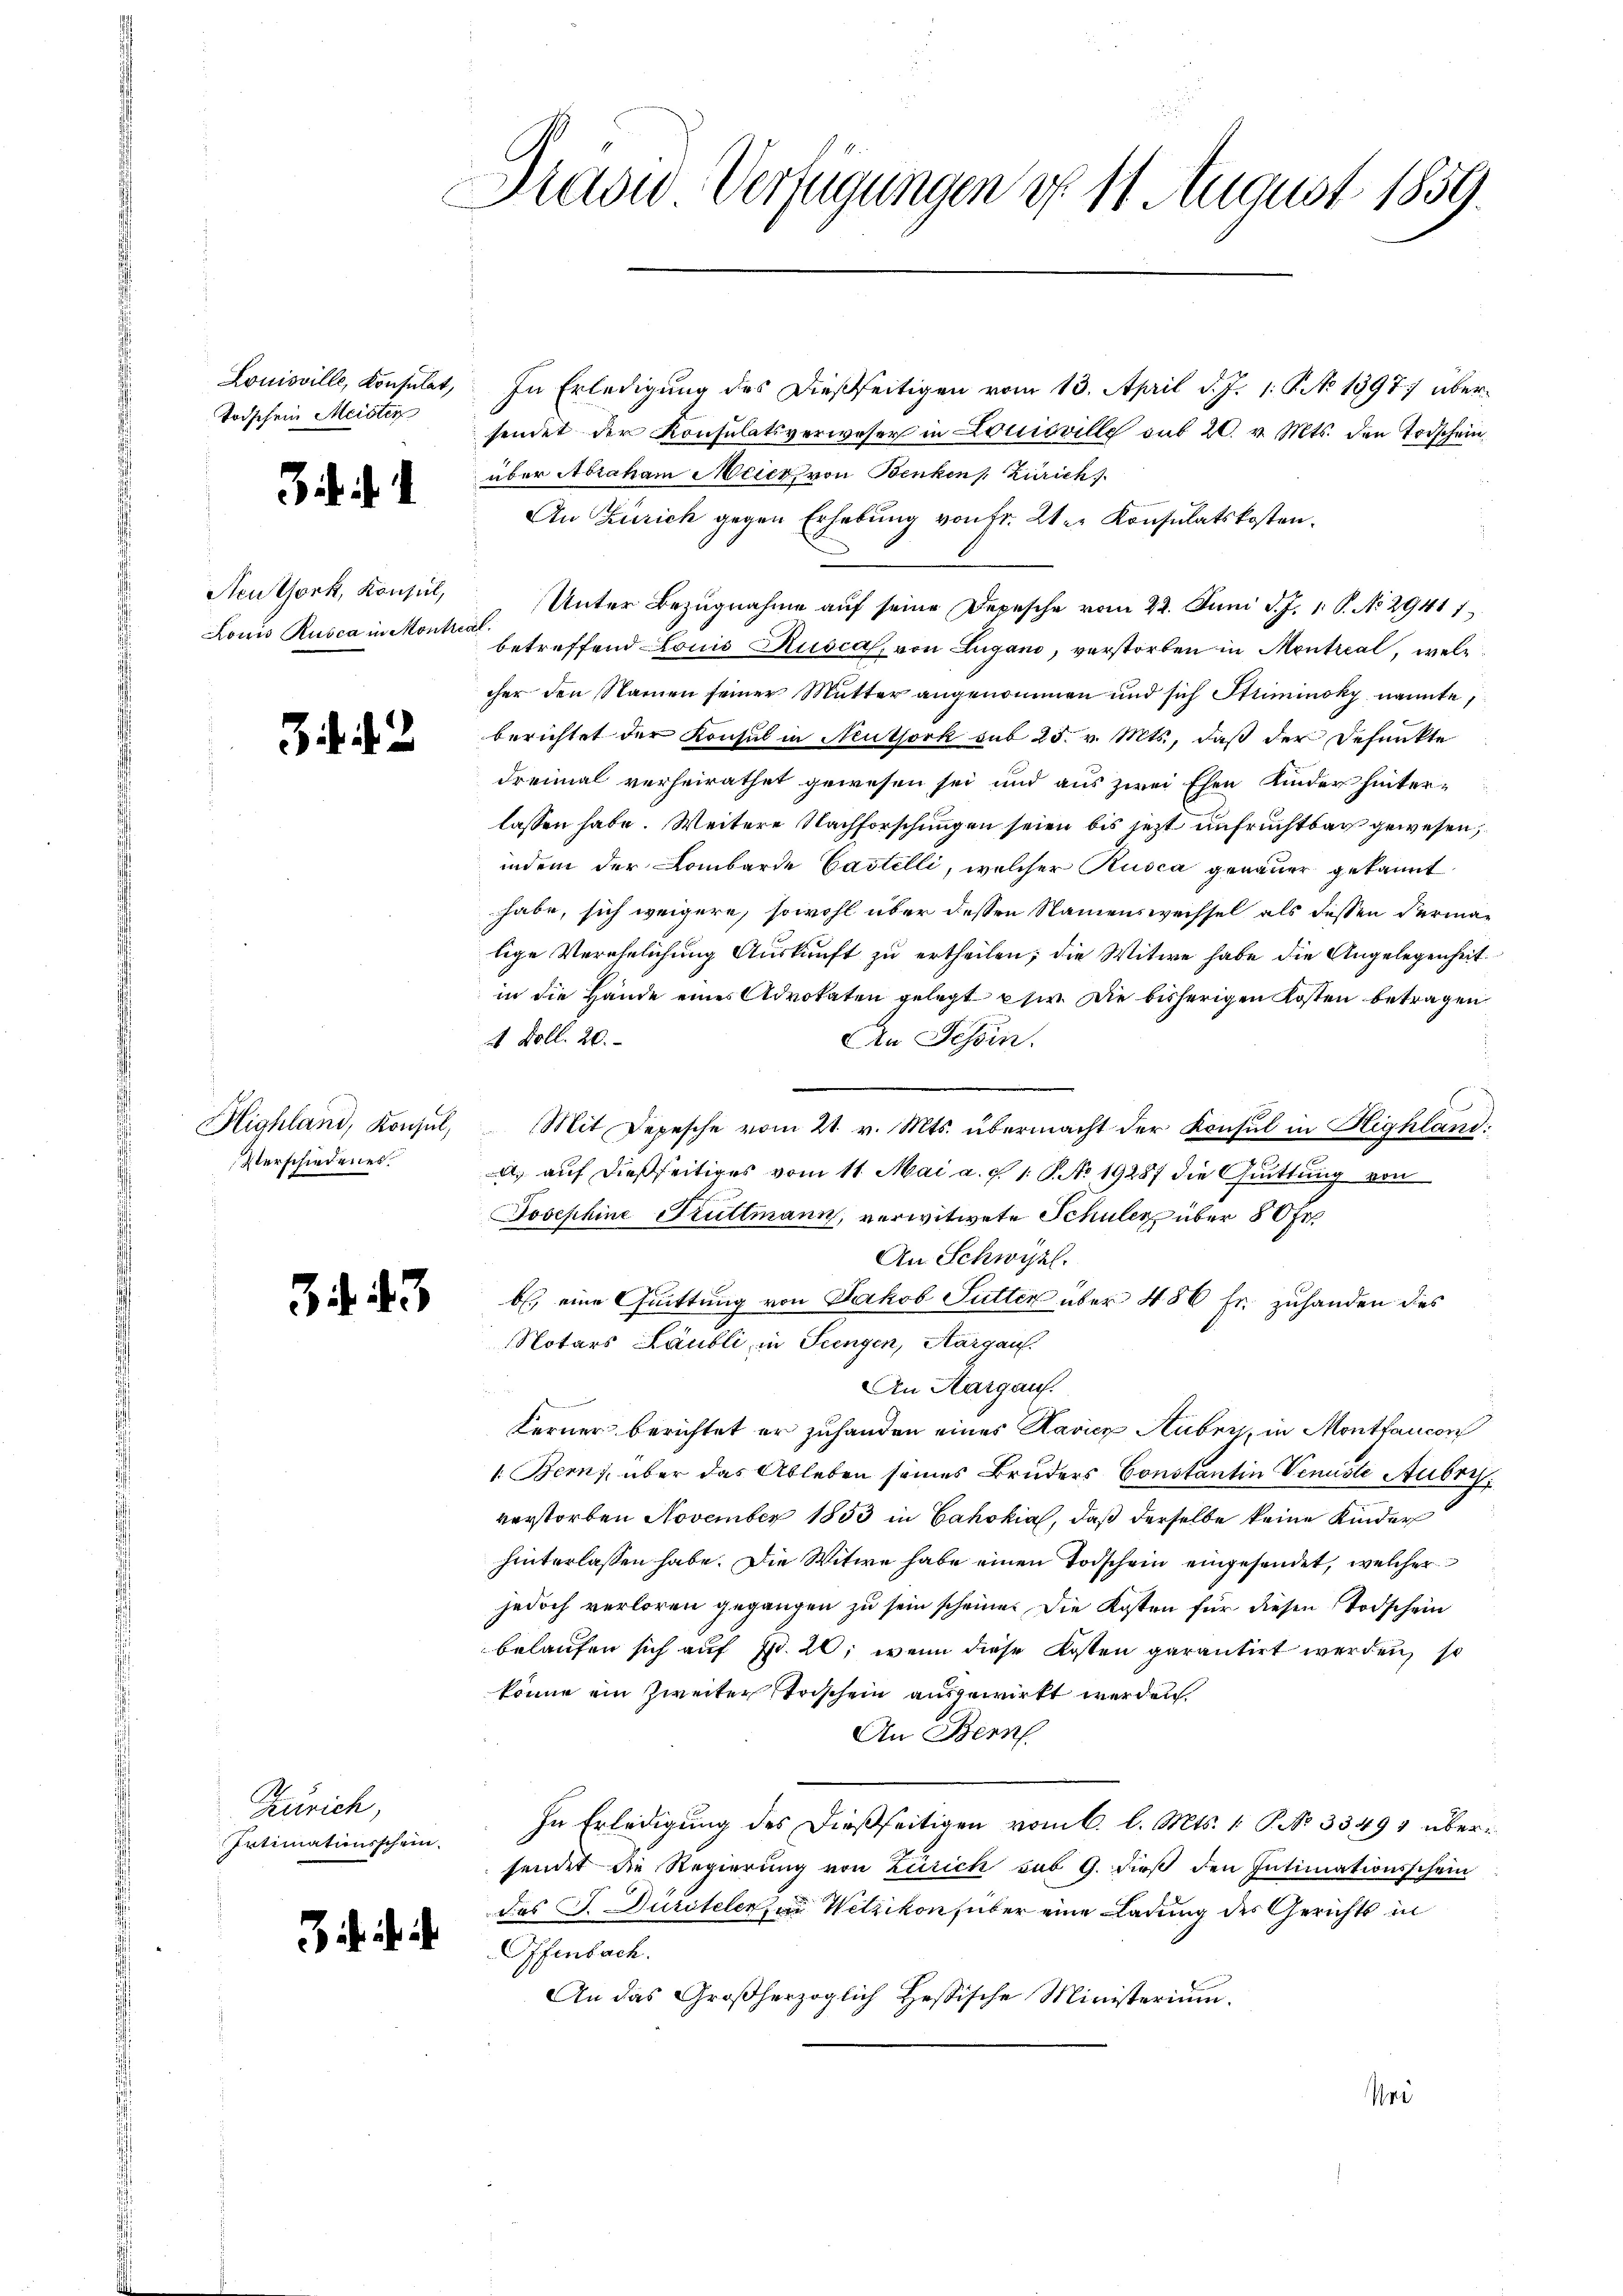
Louisville, Konsulat,
Todschein Meister

it.

.

Neuthork, Konsul,
Louis Rusca in Montre

3 . . 2

Highland, Konsul,
Verschiedenes.

43

Zürich,
Intimationsschein.

ihr

Praswo-Verfügungen d. 11. August 1859.

In Erledigung des dießseitigen vom 13. April d. J. 1. 9. No 13977 übersendet der Konsulatsverweser in Louisville sub 20. v. Mts. den Todschein
über Abraham Meier von Benken Zürich
An Zürich gegen Erhebung von Fr. 2ter Konsulatskosten.
n
Unter Bezugnahme auf seine Depesche vom 22. Juni d. J. 18. No 2941 1
al.
betreffend – Louis Rusca, von Lugano, verstorben in Montreal, welc
cher den Namen seiner Mutter angenommen und sich Striminoky nannte,
berichtet der Konsul in Neuthork sub 25. v. Mts., daß der Defunkte
dreimal verheirathet gewesen sei und aus zwei Ehen Kinder hinterlassen habe. Weitere Nachforschungen seien bis jezt unfruchtbar gewesen,
indem der Lombarde Castelli, welcher Rusca genauer gekannt
habe, sich weigere, sowohl über dessen Namenswechsel als dessen Vermalige Verehelichung Auskunft zu ertheilen; die Witwe habe die Angelegenheit.
in die Hände eines Advokaten gelegt sie. Die bisherigen Kosten betragen
4 Doll. 20.
An Schin.
Mit Depesche vom 21. v. Mts. übermacht der Konsul in Highland:
.
A. auf dießseitiges vom 11. Mai a. g. 1. P. No 19287 die Guittung von
Josephine Fruttmann, verwitwete Schuler über 80 fr
An Schwyzl.
b. eine Quittung von Jakob Futter über 486 Fr. zuhanden des
Notars Läubli, in Seengen, Aargau.
An Aargauf.
2
Ferner berichtet er zuhanden eines Haricz Huber, in Montfaucon
1. Bern, über das Ableben seines Bruders Constantin Verste Aubry
verstorben November 1853 in Cahokia, daß derselbe keine Kinder
hinterlassen habe. Die Witwe habe einen Todschein eingesendet, welcher
jedoch verloren gegangen zu sein scheine. Die Kosten für diesen Todschein
belaufen sich auf Fr. 20, wenn diese Kosten garantirt werden, so
könne ein Zweiter trischein ausgewirkt werden.
An Bern
In Erledigung des dießseitigen vom 6. l. Mts. 1. P. No 33491 übersendet die Regierung von Zürich sub 9. dieß den Intimationsschein
des J. Durstelerau Wetzikon über eine Ladung des Gerichts in
Offenbach.
An das Großherzoglich Hessische Ministerium.
Pne